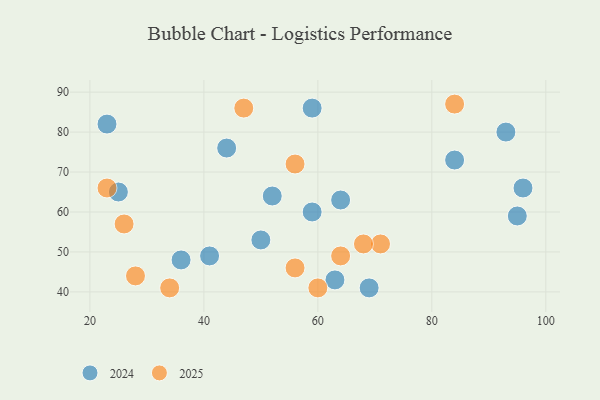
{"axis": {"x": "GDP", "y": "Life Expectancy"}, "legend": ["2024", "2025"], "data": [{"x": "23", "y": 82, "type": "2024"}, {"x": "96", "y": 66, "type": "2024"}, {"x": "69", "y": 41, "type": "2024"}, {"x": "44", "y": 76, "type": "2024"}, {"x": "41", "y": 49, "type": "2024"}, {"x": "64", "y": 63, "type": "2024"}, {"x": "50", "y": 53, "type": "2024"}, {"x": "63", "y": 43, "type": "2024"}, {"x": "52", "y": 64, "type": "2024"}, {"x": "84", "y": 73, "type": "2024"}, {"x": "95", "y": 59, "type": "2024"}, {"x": "93", "y": 80, "type": "2024"}, {"x": "59", "y": 86, "type": "2024"}, {"x": "36", "y": 48, "type": "2024"}, {"x": "59", "y": 60, "type": "2024"}, {"x": "25", "y": 65, "type": "2024"}, {"x": "71", "y": 52, "type": "2025"}, {"x": "34", "y": 41, "type": "2025"}, {"x": "26", "y": 57, "type": "2025"}, {"x": "47", "y": 86, "type": "2025"}, {"x": "60", "y": 41, "type": "2025"}, {"x": "68", "y": 52, "type": "2025"}, {"x": "84", "y": 87, "type": "2025"}, {"x": "23", "y": 66, "type": "2025"}, {"x": "28", "y": 44, "type": "2025"}, {"x": "64", "y": 49, "type": "2025"}, {"x": "56", "y": 72, "type": "2025"}, {"x": "56", "y": 46, "type": "2025"}]}